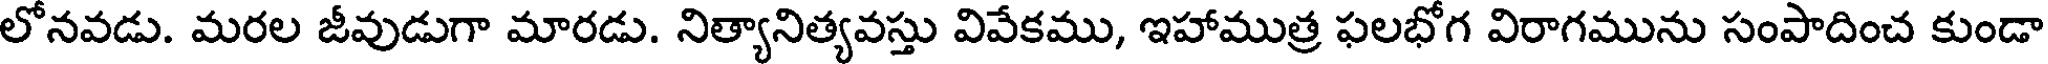
లోనవడు. మరల జీవుడుగా మారడు. నిత్యానిత్యవస్తు వివేకము, ఇహాముత్ర ఫలభోగ విరాగమును సంపాదించ కుండా